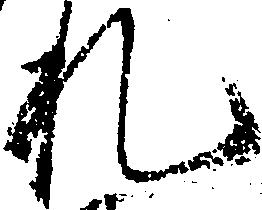
札